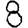
Digit: 8